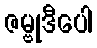
ဇမ္ဗုဒီပေါ